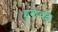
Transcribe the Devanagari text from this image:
इलेक्ट्रे